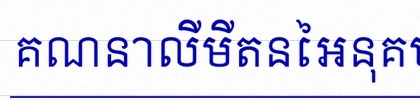
គណនាលីមីតនៃអនុគមន៍ខាងក្រោម